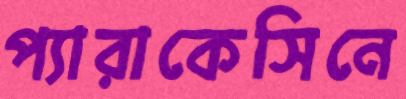
প্যারাকেসিনে